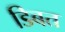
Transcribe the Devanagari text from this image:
डिबत